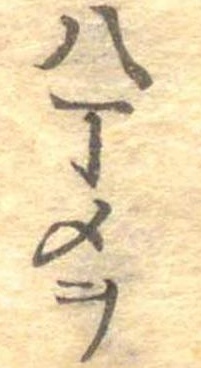
八丁メヲ